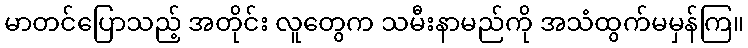
မာတင်ပြောသည့် အတိုင်း လူတွေက သမီးနာမည်ကို အသံထွက်မမှန်ကြ။